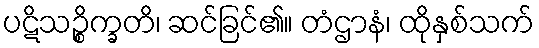
ပဋိသဉ္စိက္ခတိ၊ ဆင်ခြင်၏။ တံဌာနံ၊ ထိုနှစ်သက်